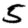
Digit: 5